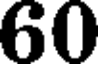
60